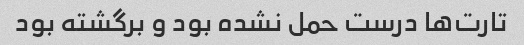
تارت‌ها درست حمل نشده بود و برگشته بود